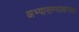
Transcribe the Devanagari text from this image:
अभ्यासण्याकरता